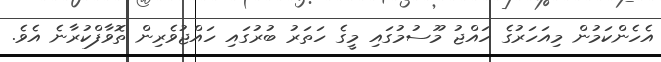
އެހެންކަމުން މިއަހަރުގެ ހައްޖު މޫސުމުގައި މީގެ ހަތަރު ބުރުގައި ހައްޖުވެރިން ތޮވާފްކުރާނެ އެވެ.